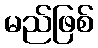
မည်ဖြစ်